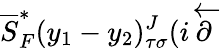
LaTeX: \overline{{{S}}}_{F}^{*}(y_{1}-y_{2})_{\tau\sigma}^{J}(i\overleftarrow{{\mathbf\partial}}